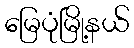
မြေပုံမြို့နယ်